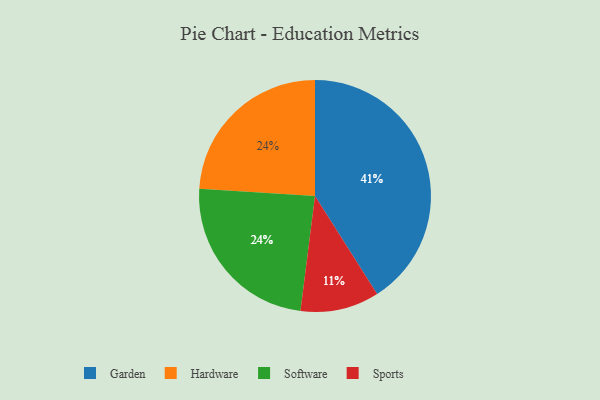
{"axis": {"x": "Category", "y": "Percentage"}, "legend": ["Garden", "Hardware", "Software", "Sports"], "data": [{"x": "Sports", "y": 11, "type": "Sports"}, {"x": "Hardware", "y": 24, "type": "Hardware"}, {"x": "Garden", "y": 41, "type": "Garden"}, {"x": "Software", "y": 24, "type": "Software"}]}